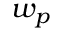
w _ { p }